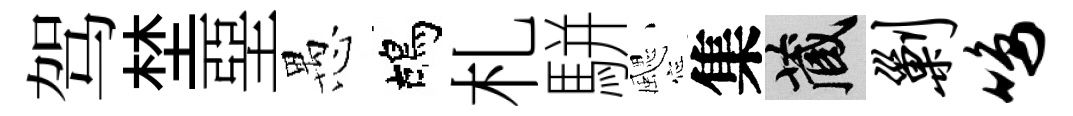
驾埜堊愚鴣札駢颸集藏剿鸣